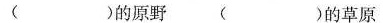
( )的原野 ( )的草原